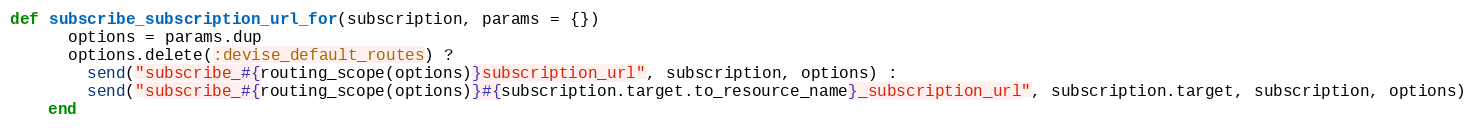
Language: Ruby
def subscribe_subscription_url_for(subscription, params = {})
      options = params.dup
      options.delete(:devise_default_routes) ?
        send("subscribe_#{routing_scope(options)}subscription_url", subscription, options) :
        send("subscribe_#{routing_scope(options)}#{subscription.target.to_resource_name}_subscription_url", subscription.target, subscription, options)
    end